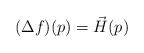
LaTeX: \begin{align*}(\Delta f)(p) = \vec{H}(p)\end{align*}